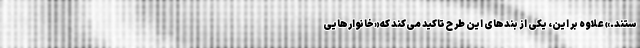
ستند.» علاوه بر این، یکی از بندهای این طرح تاکید می‌کند که «خانوارهایی